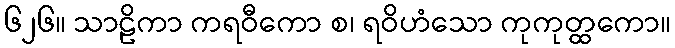
၆၂၆။ သာဠိကာ ကရဝီကော စ၊ ရဝိဟံသော ကုကုတ္ထကော။